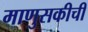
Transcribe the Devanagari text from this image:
माणुसकीची